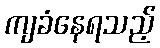
ကျခံနေရသည့်